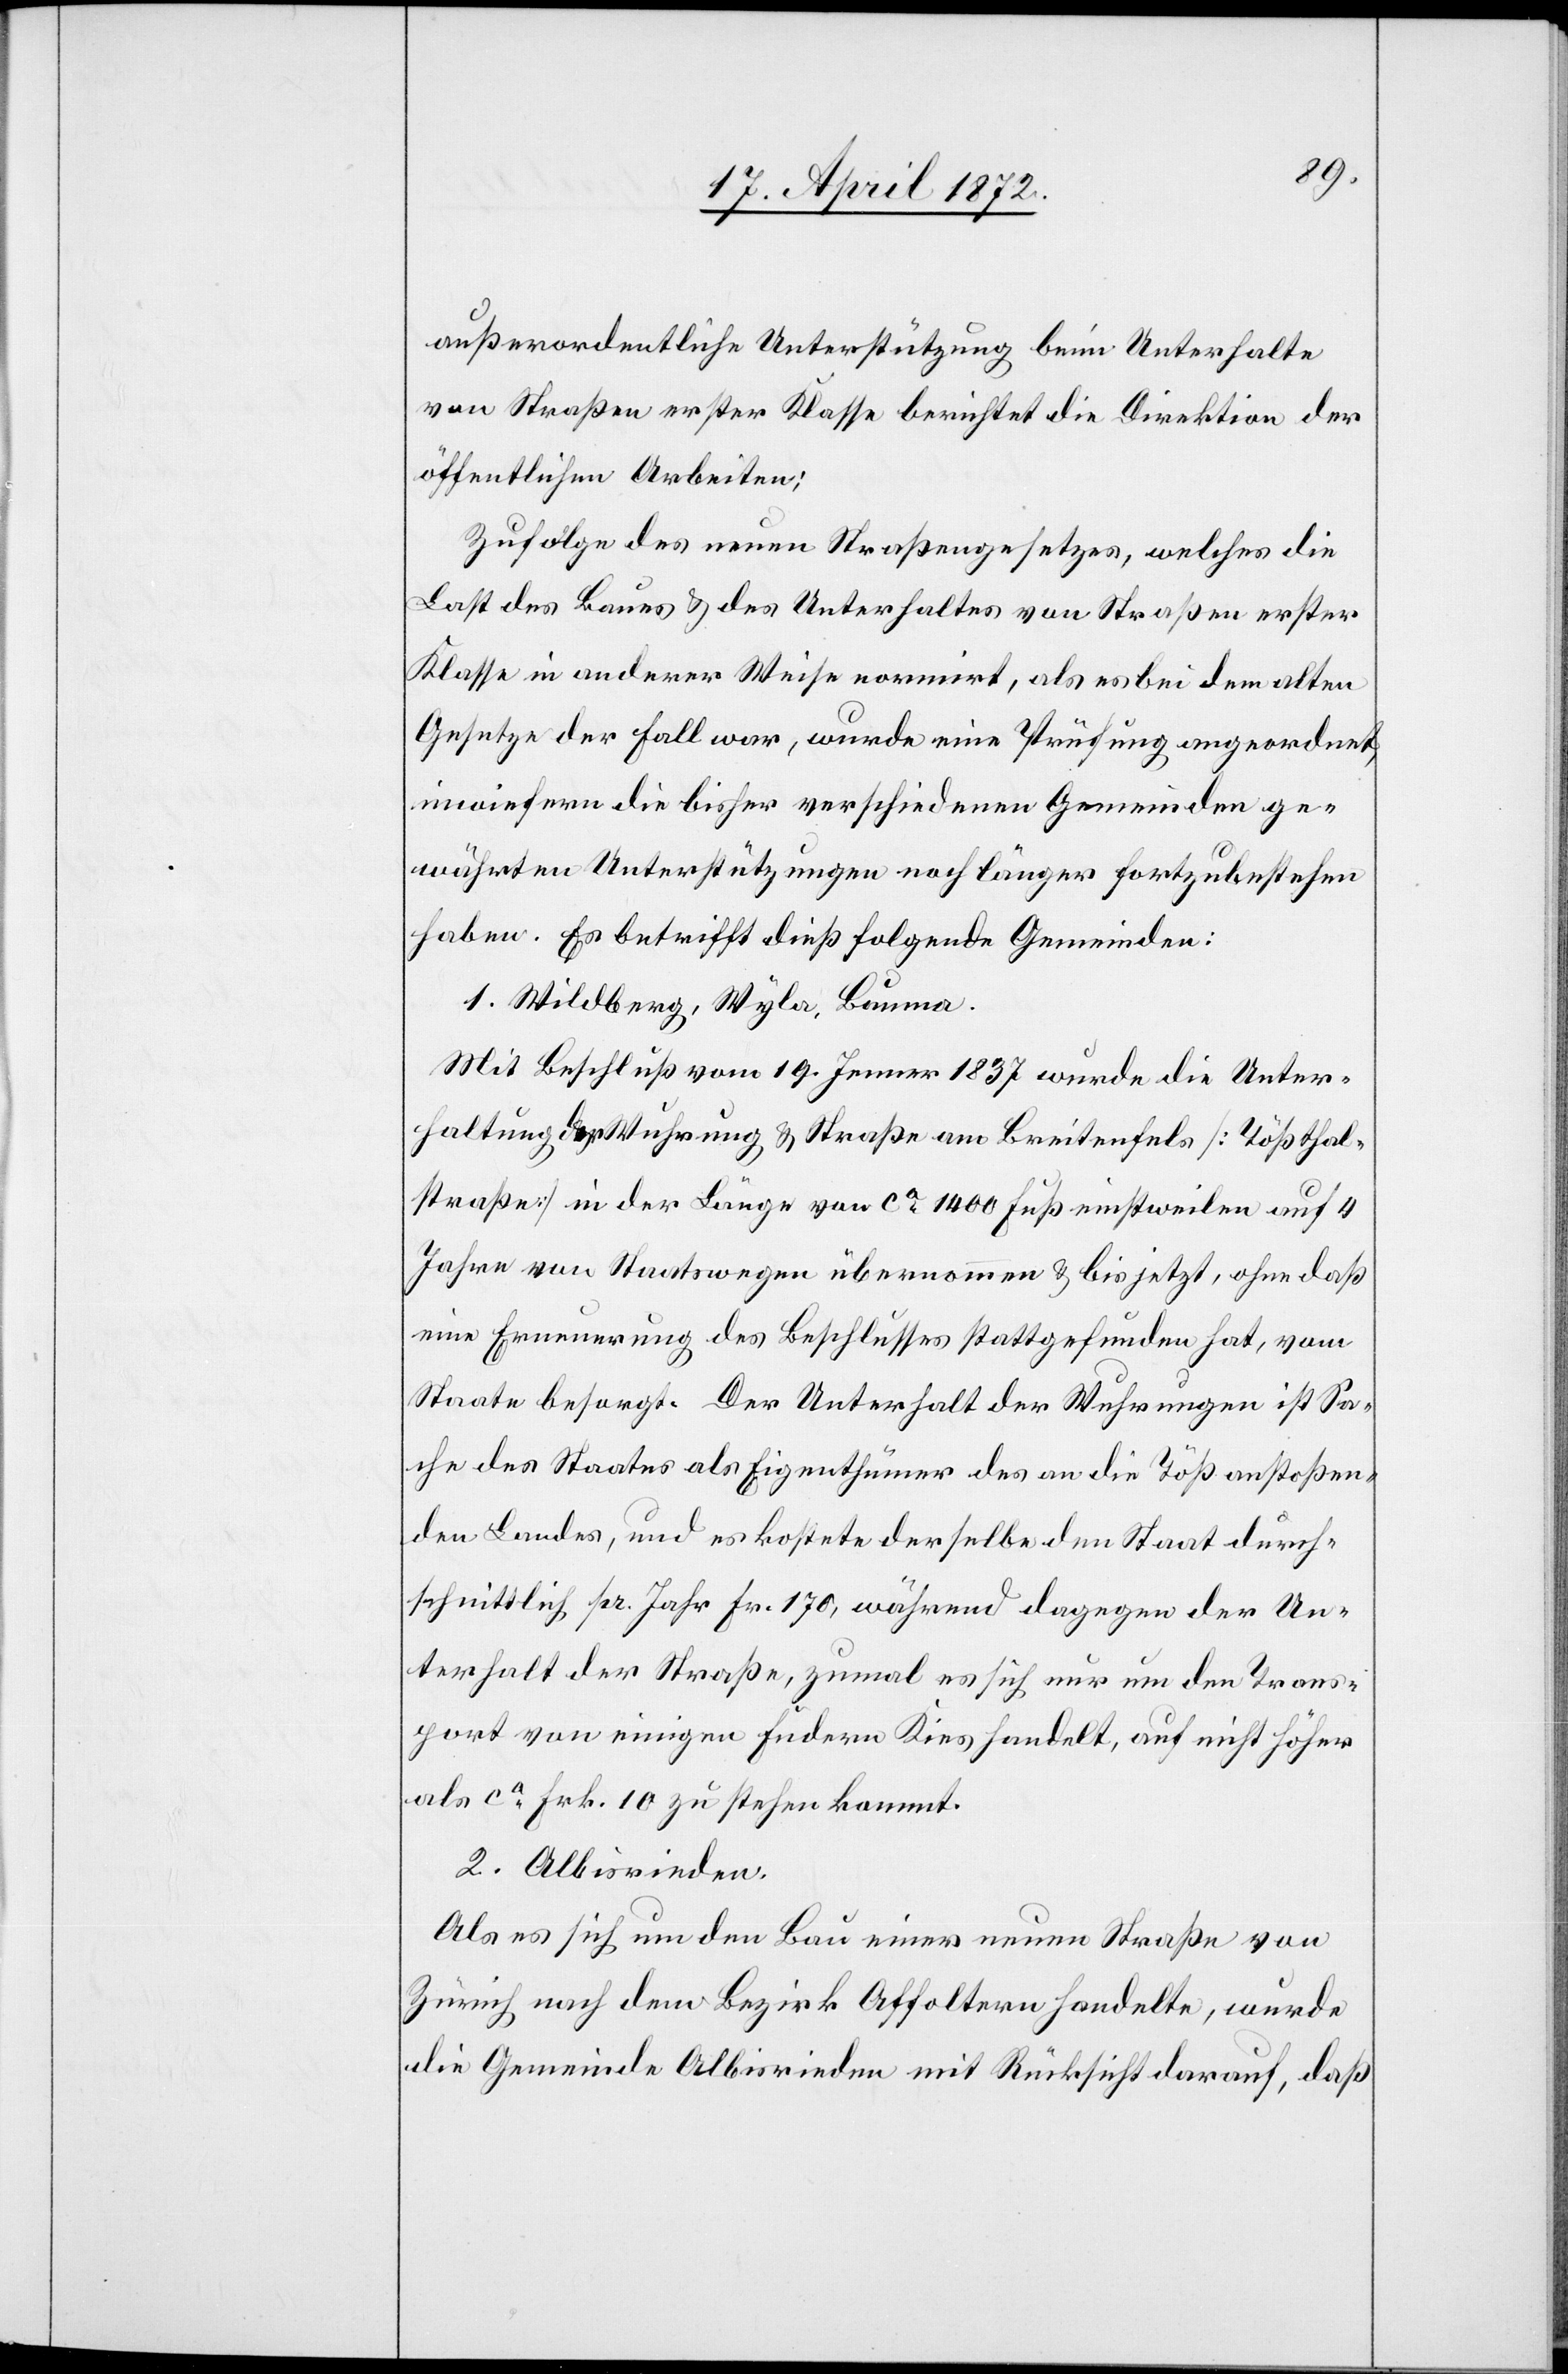
außerordentliche Unterstützung beim Unterhalte
von Straßen erster Klasse berichtet die Direktion der
öffentlichen Arbeiten:
Zufolge des neuen Straßengesetzes, welches die
Last des Baues u. des Unterhaltes von Straßen erster
Klasse in anderer Weise normirt, als es bei dem alten
Gesetze der Fall war, wurde eine Prüfung angeordnet,
inwiefern die bisher verschiedenen Gemeinden ge¬
währten Unterstützungen noch länger fortzubestehen
haben. Es betrifft dieß folgende Gemeinden:
1. Wildberg, Wyla, Bauma.
Mit Beschluß vom 19. Jenner 1837 wurde die Unter¬
haltung der Wuhrung u. Straße am Breitenfels [Tößthal¬
straße] in der Länge von ca 1400 Fuß einstweilen auf 4
Jahre von Staatswegen übernommen u. bis jetzt, ohne daß
eine Erneuerung des Beschlusses stattgefunden hat, vom
Staate besorgt. Der Unterhalt der Wuhrungen ist Sa¬
che des Staates als Eigenthümer des an die Töß anstoßen¬
den Landes, und es kostete derselbe dem Staat durch¬
schnittlich pr. Jahr Fr. 170, während dagegen der Un¬
terhalt der Straße, zumal es sich nur um den Trans¬
port von einigen Füdern Kies handelt, auf nicht höher
als ca Frk. 10 zu stehen kommt.
2. Albisrieden.
Als es sich um den Bau einer neuen Straße von
Zürich nach dem Bezirk Affoltern handelte, wurde
die Gemeinde Albisrieden mit Rücksicht darauf, daß